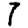
Digit: 7